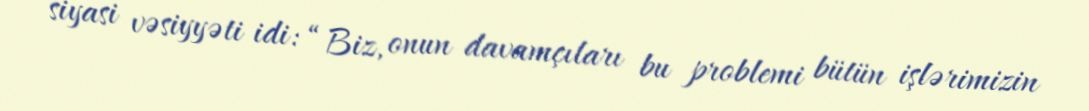
siyasi vəsiyyəti idi: “Biz, onun davamçıları bu problemi bütün işlərimizin